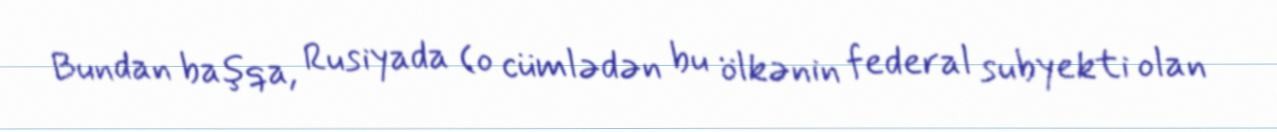
Bundan başqa, Rusiyada (o cümlədən bu ölkənin federal subyekti olan